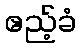
ဧည့်ခံ